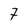
Character: 7